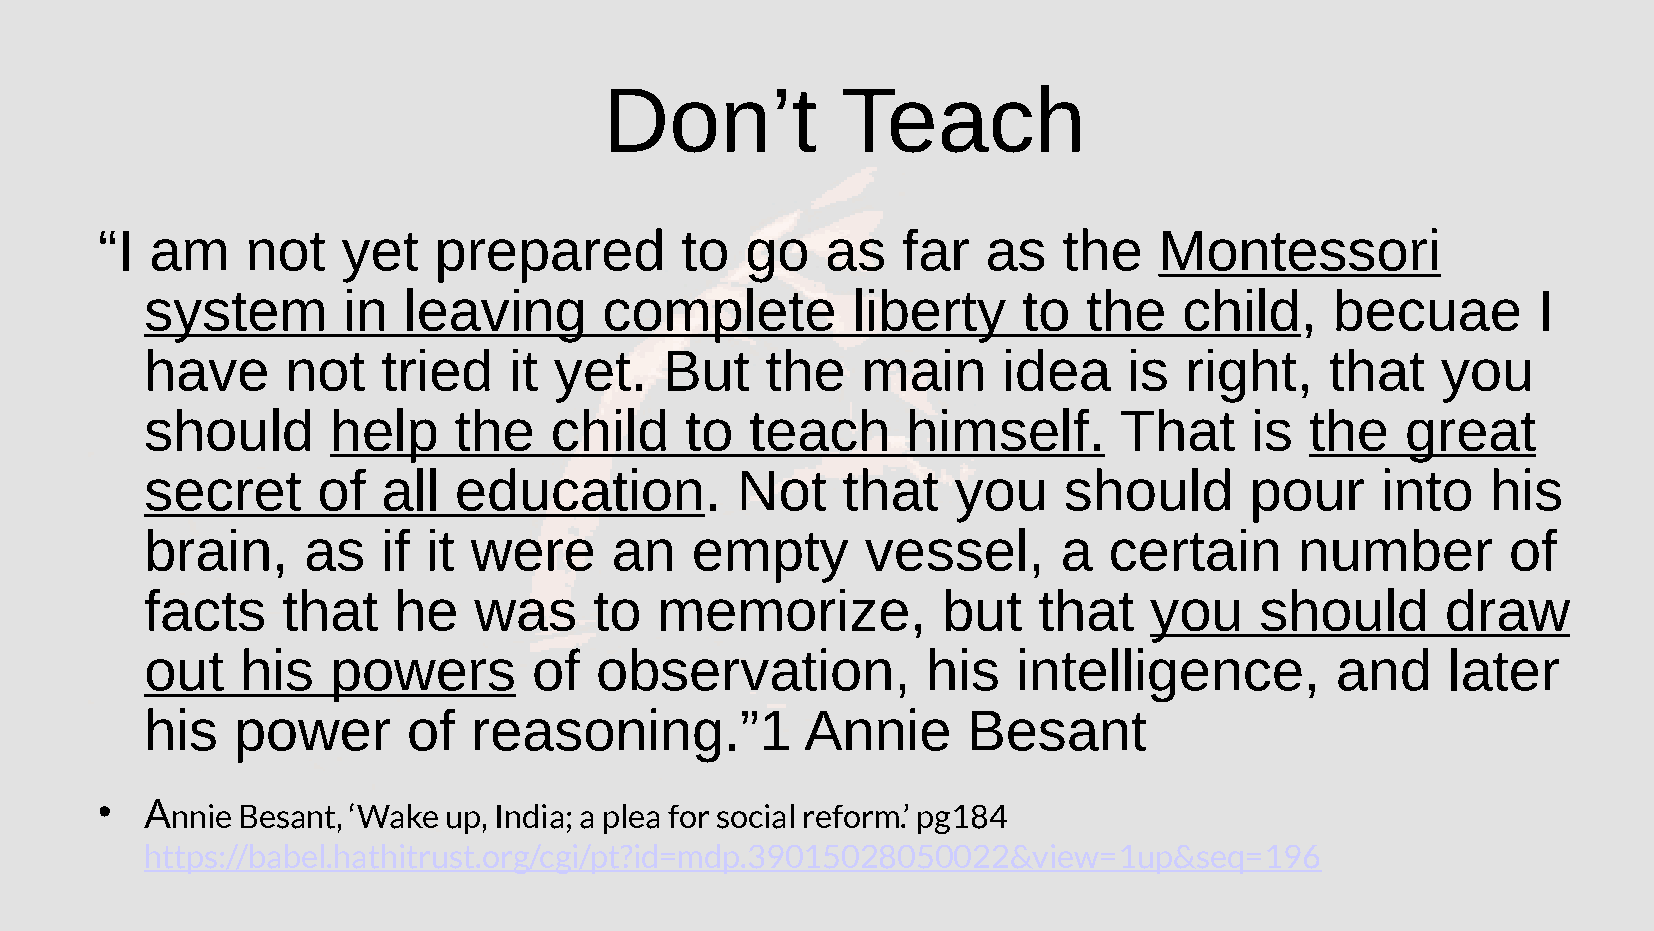
Don’t           Teach
 “I  am    not    yet   prepared        to  go    as   far  as   the    Montessori
 system       in  leaving      complete        liberty     to  the   child,    becuae        I
 have     not   tried    it yet.   But    the   main     idea     is right,    that   you
 should      help    the   child    to   teach     himself.      That     is  the   great
 secret     of  all  education.         Not    that   you    should       pour    into    his
 brain,    as   if it were     an    empty      vessel,      a  certain      number        of
 facts    that   he   was     to  memorize,          but    that   you    should       draw
 out   his   powers       of  observation,          his   intelligence,        and     later
 his  power       of  reasoning.”1          Annie      Besant
    Annie Besant, ‘Wake up, India; a plea for social reform.’ pg184
 https://babel.hathitrust.org/cgi/pt?id=mdp.39015028050022&view=1up&seq=196